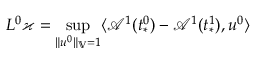
L ^ { 0 } \varkappa = \operatorname* { s u p } _ { \| u ^ { 0 } \| _ { \mathbb { V } } = 1 } \langle \mathcal { A } ^ { 1 } ( t _ { * } ^ { 0 } ) - \mathcal { A } ^ { 1 } ( t _ { * } ^ { 1 } ) , u ^ { 0 } \rangle